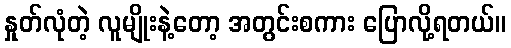
နှုတ်လုံတဲ့ လူမျိုးနဲ့တော့ အတွင်းစကား ပြောလို့ရတယ်။